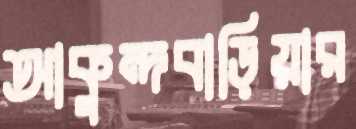
আকুন্দবাড়িয়ার